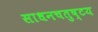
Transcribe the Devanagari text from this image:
साधनचतुष्टय